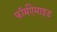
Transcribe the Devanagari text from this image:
फॉर्मऐमाइड